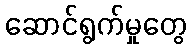
ဆောင်ရွက်မှုတွေ